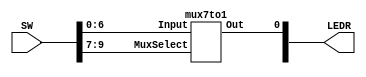
module mux7to1_demo(LEDR, SW);
    output [9:0] LEDR;
    input [9:0] SW;

    mux7to1 m1(
        .Out(LEDR[0]),
        .Input(SW[6:0]),
        .MuxSelect(SW[9:7])
        );
        
endmodule

module mux7to1(Out, Input, MuxSelect);
    output Out;
    input [6:0] Input;
    input [2:0] MuxSelect;

    reg Out;
    always @(*) begin
        case (MuxSelect[2:0])
            3'b000: Out = Input[0];
            3'b001: Out = Input[1];
            3'b010: Out = Input[2];
            3'b011: Out = Input[3];
            3'b100: Out = Input[4];
            3'b101: Out = Input[5];
            3'b110: Out = Input[6];
            default: Out = 1'b0;
        endcase
    end

endmodule